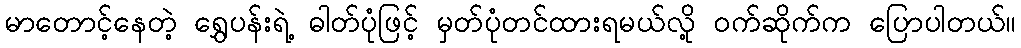
မာတောင့်နေတဲ့ ရွှေပန်းရဲ့ ဓါတ်ပုံဖြင့် မှတ်ပုံတင်ထားရမယ်လို့ ဝက်ဆိုက်က ပြောပါတယ်။